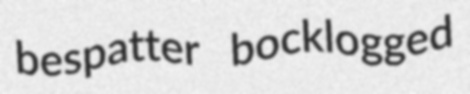
bespatter bocklogged